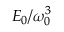
E _ { 0 } / \omega _ { 0 } ^ { 3 }